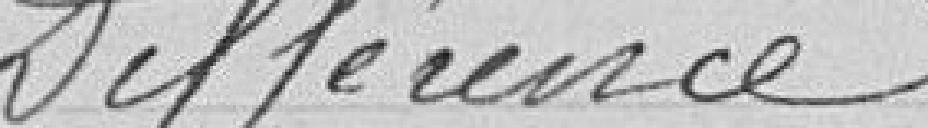
Différence 8 731,15